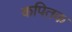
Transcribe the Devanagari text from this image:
कपितक